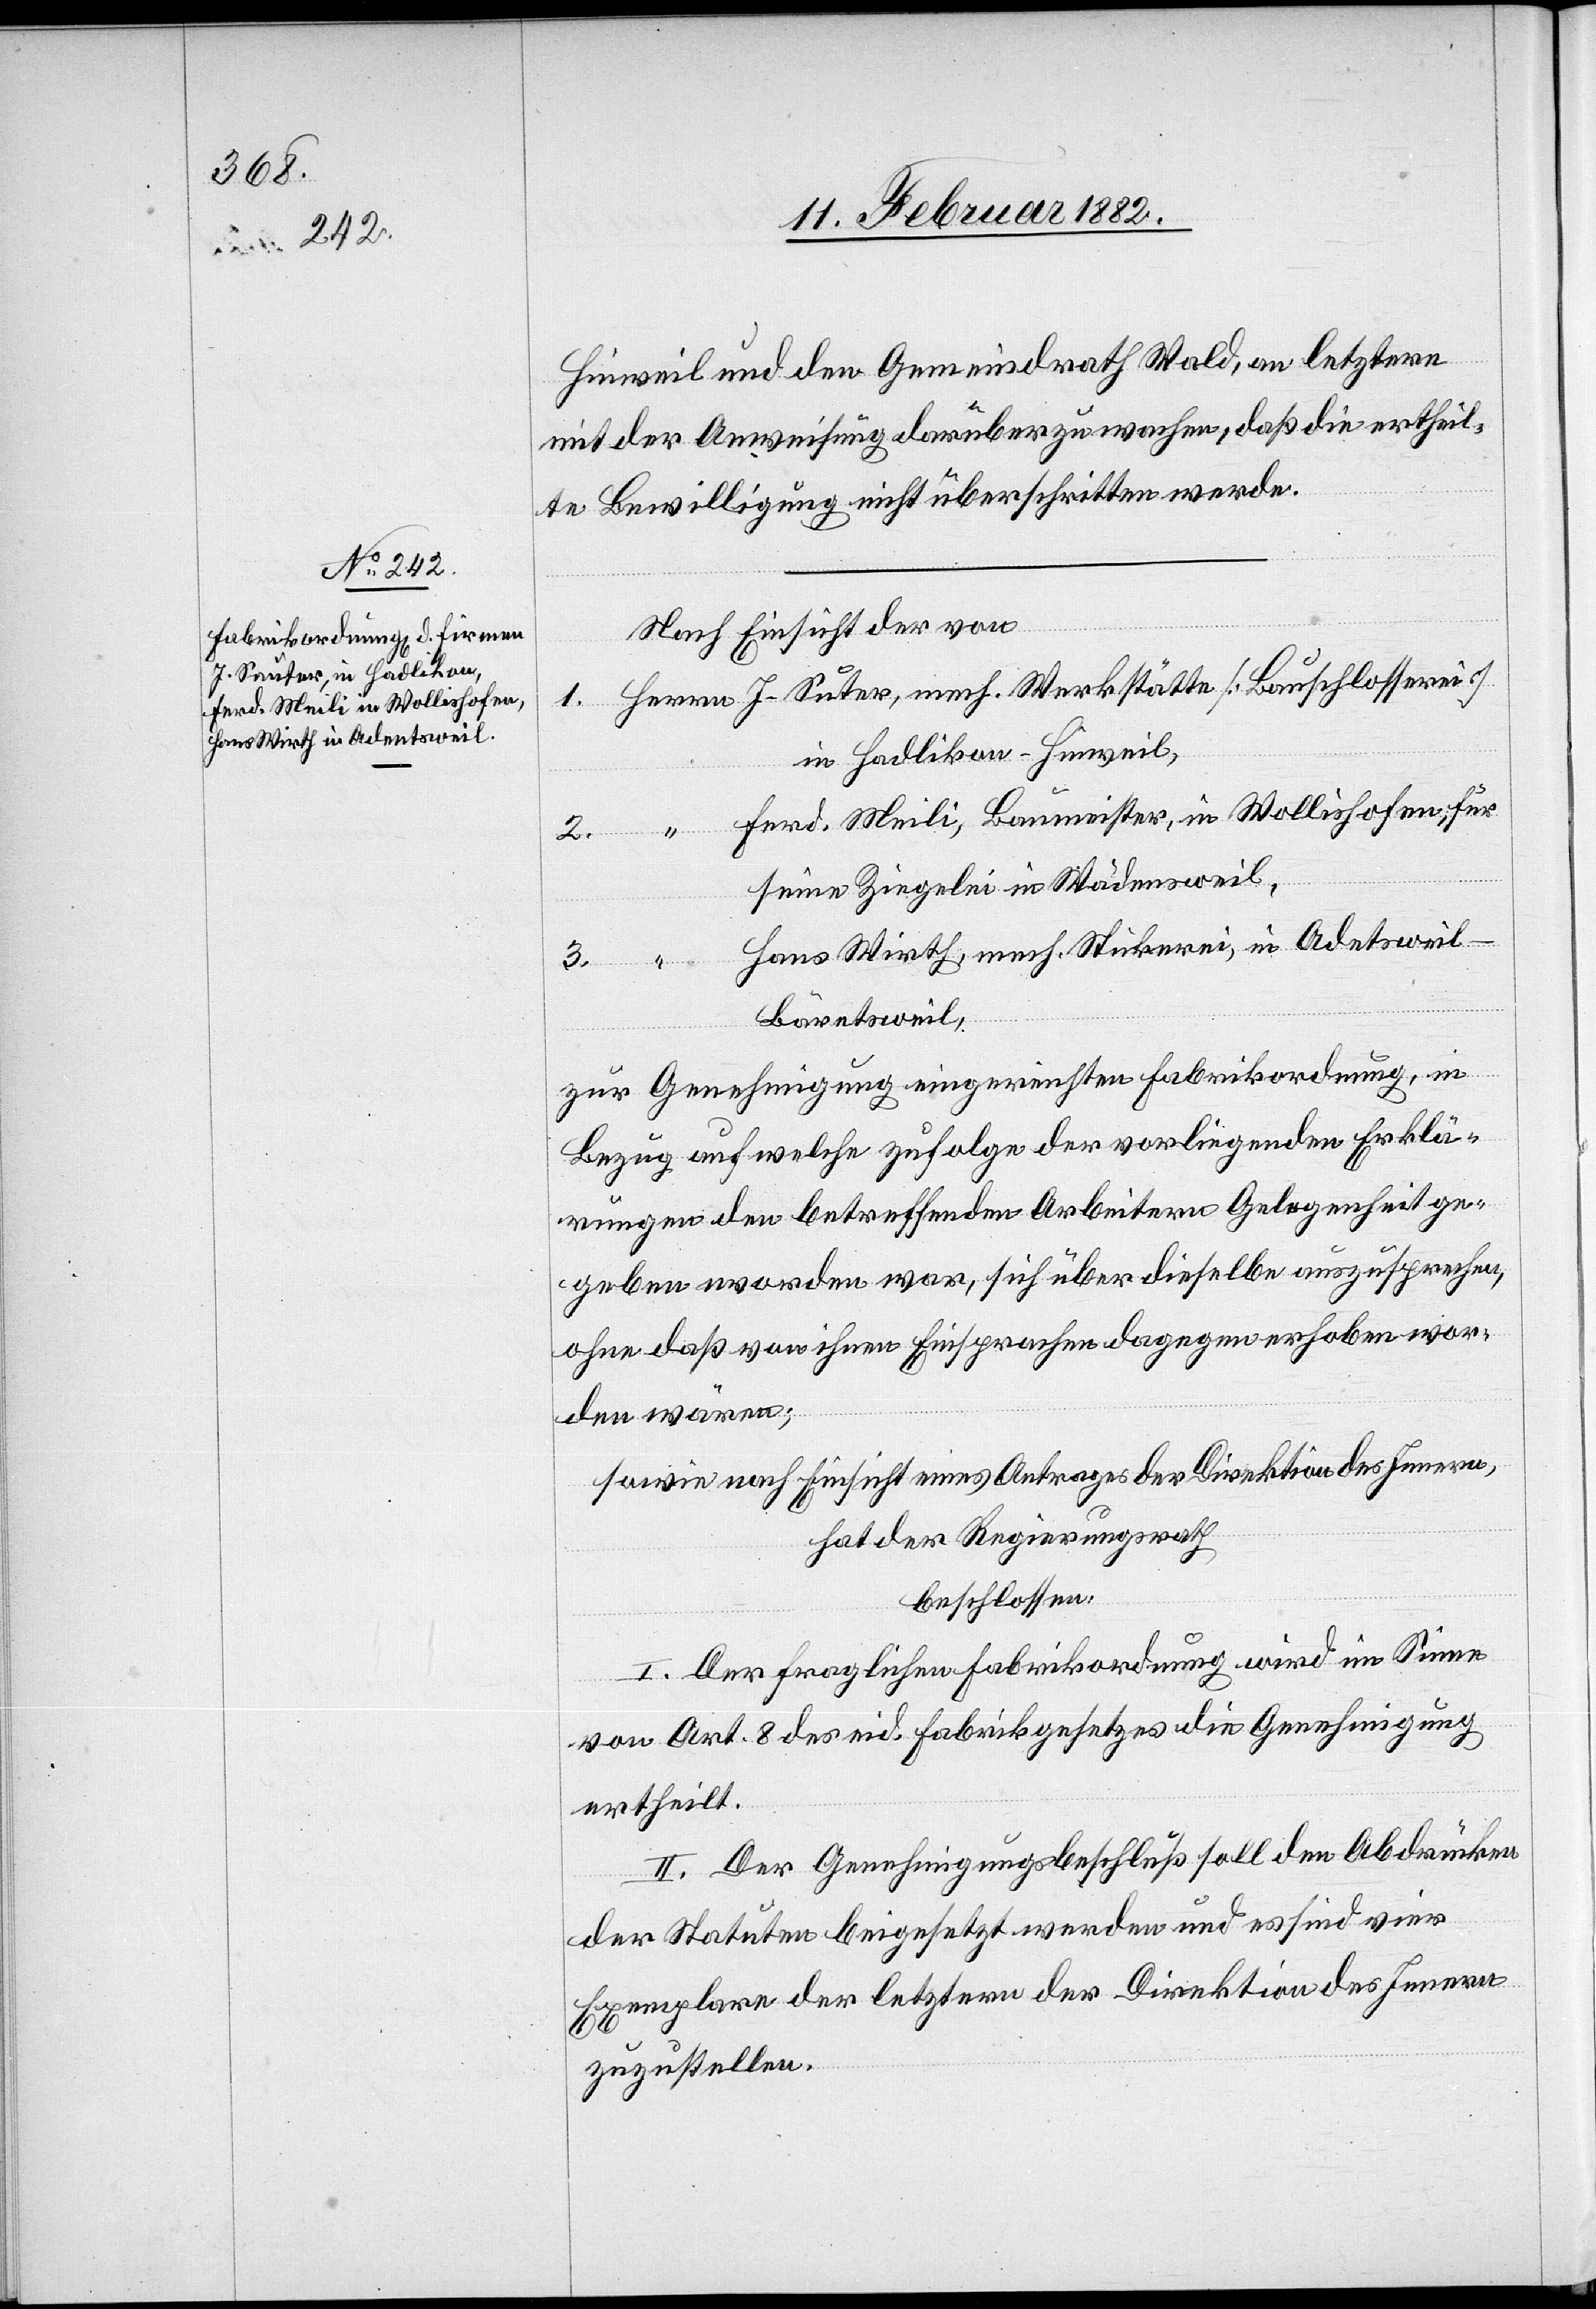
Hinweil und den Gemeindrath Wald, an letzteren
mit der Anweisung, darüber zu wachen, daß die ertheil¬
te Bewilligung nicht überschritten werde.
Nach Einsicht der von
1. Herren J. Suter, mech. Werkstätte [Bauschlosserei]
in Hadlikon - Hinweil,
“ Ferd. Meili, Baumeister, in Wollishofen, für
3.
seine Ziegelei in Wädensweil,
Hans Wirth, mech. Stickerei, in Adentsweil -
Bäretsweil,
zur Genehmigung eingereichten Fabrikordnung, in
Bezug auf welche zufolge der vorliegenden Erklä¬
rungen den betreffenden Arbeitern Gelegenheit ge¬
geben worden war, sich über dieselbe auszusprechen,
ohne daß von ihnen Einsprachen dagegen erhoben wor¬
den wären;
sowie nach Einsicht eines Antrages der Direktion des Innern,
hat der Regierungsrath,
beschlossen:
I. Der fraglichen Fabrikordnung wird im Sinne
von Art. 8 des eid. Fabrikgesetzes die Genehmigung
ertheilt.
II. Der Genehmigungsbeschluß soll den Abdrücken
der Statuten beigesetzt werden und es sind vier
Exemplare der letztern der Direktion des Innern
zuzustellen.